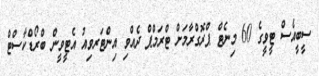
ސީބީއެސް ޓީވީގެ 60 މިނެޓް ޕްރޮގްރާމަށް ޓްރަމްޕް ދެއްވި އިންޓަރވިއު އެޓީވީން ބްރޯޑްކާސްޓް